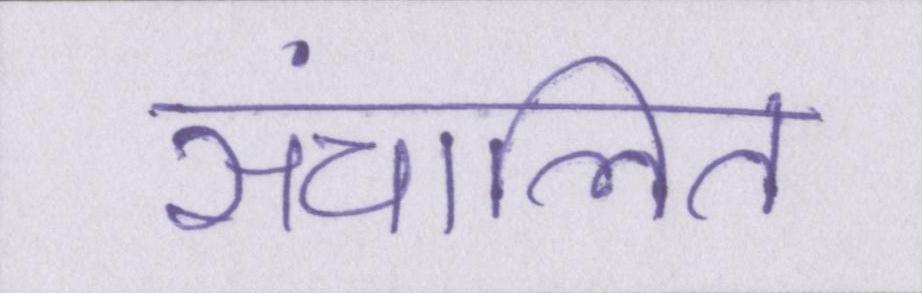
संचालित